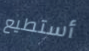
أستطيع